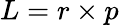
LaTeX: L=r\times p\,